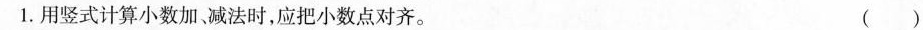
1.用竖式计算小数加，减法时，应把小数点对齐。 ()